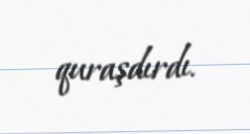
quraşdırdı.